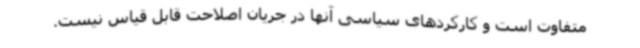
متفاوت است و کارکردهای سیاسی آنها در جریان اصلاحت قابل قیاس نیست.